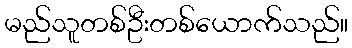
မည်သူတစ်ဦးတစ်ယောက်သည်။